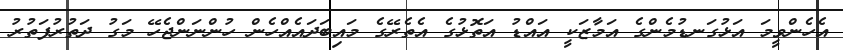
އެހެންވީމަ އަޅުގަނޑުމެންގެ އަމާޒަކީ އައްޑު އަތޮޅުގެ އެތެރޭގެ މައިބަދައެއްހެން ހުންނަންޖެހޭ މަގު ދަތުރުފަތުރު